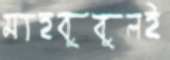
মাহবুবুলই